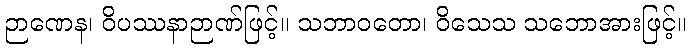
ဉာဏေန၊ ဝိပဿနာဉာဏ်ဖြင့်။ သဘာဝတော၊ ဝိသေသ သဘောအားဖြင့်။